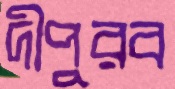
দীপুরব